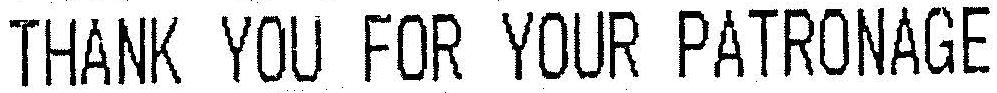
THANK YOU FOR YOUR PATRONAGE